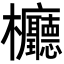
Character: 𣡹